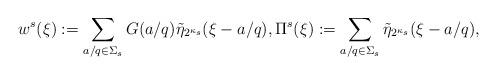
LaTeX: \begin{align*}w^s(\xi):= \sum_{a/q \in \Sigma_s} G(a/q)\tilde{\eta}_{2^{\kappa_s}}(\xi - a/q), \Pi^s(\xi):=\sum_{a/q \in \Sigma_s} \tilde{\eta}_{2^{\kappa_s}}(\xi - a/q),\end{align*}